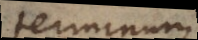
terminus